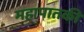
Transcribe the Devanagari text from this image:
महापातकी